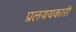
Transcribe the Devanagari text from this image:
प्रलययकारी